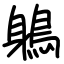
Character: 鵢